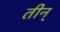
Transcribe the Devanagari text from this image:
तीन्